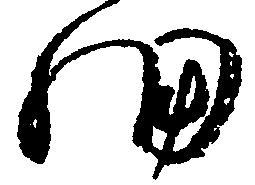
細